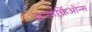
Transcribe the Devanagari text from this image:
इन्फ़र्क्तिओन्स